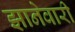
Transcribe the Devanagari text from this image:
झानेवारी